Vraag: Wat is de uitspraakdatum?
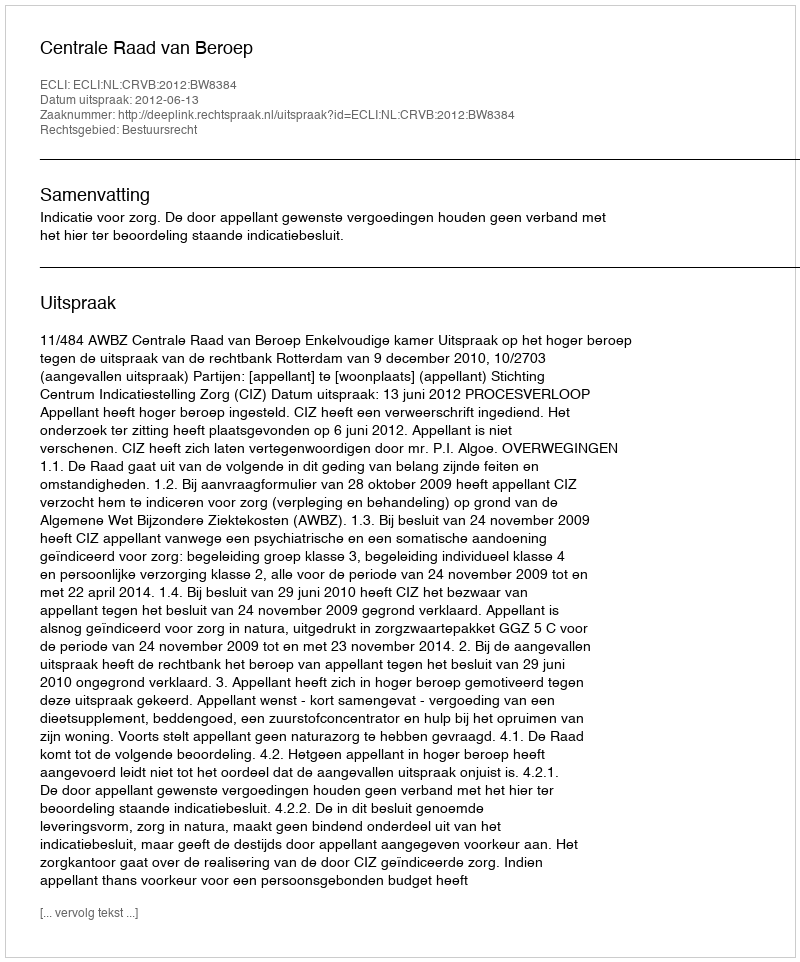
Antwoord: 2012-06-13